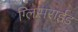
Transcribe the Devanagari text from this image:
ग्लिसराईड